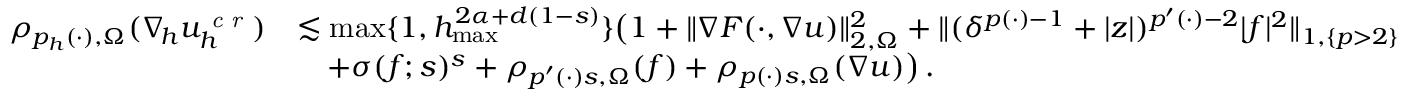
\begin{array} { r l } { \rho _ { p _ { h } ( \cdot ) , \Omega } ( \nabla _ { \! h } u _ { h } ^ { \textit { c r } } ) } & { \lesssim \operatorname* { m a x } \{ 1 , h _ { \operatorname* { m a x } } ^ { 2 \alpha + d ( 1 - s ) } \} \big ( 1 + \| \nabla F ( \cdot , \nabla u ) \| _ { 2 , \Omega } ^ { 2 } + \| ( \delta ^ { p ( \cdot ) - 1 } + \vert z \vert ) ^ { p ^ { \prime } ( \cdot ) - 2 } \vert f \vert ^ { 2 } \| _ { 1 , \{ p > 2 \} } } \\ & { \quad + \sigma ( f ; s ) ^ { s } + \rho _ { p ^ { \prime } ( \cdot ) s , \Omega } ( f ) + \rho _ { p ( \cdot ) s , \Omega } ( \nabla u ) \big ) \, . } \end{array}